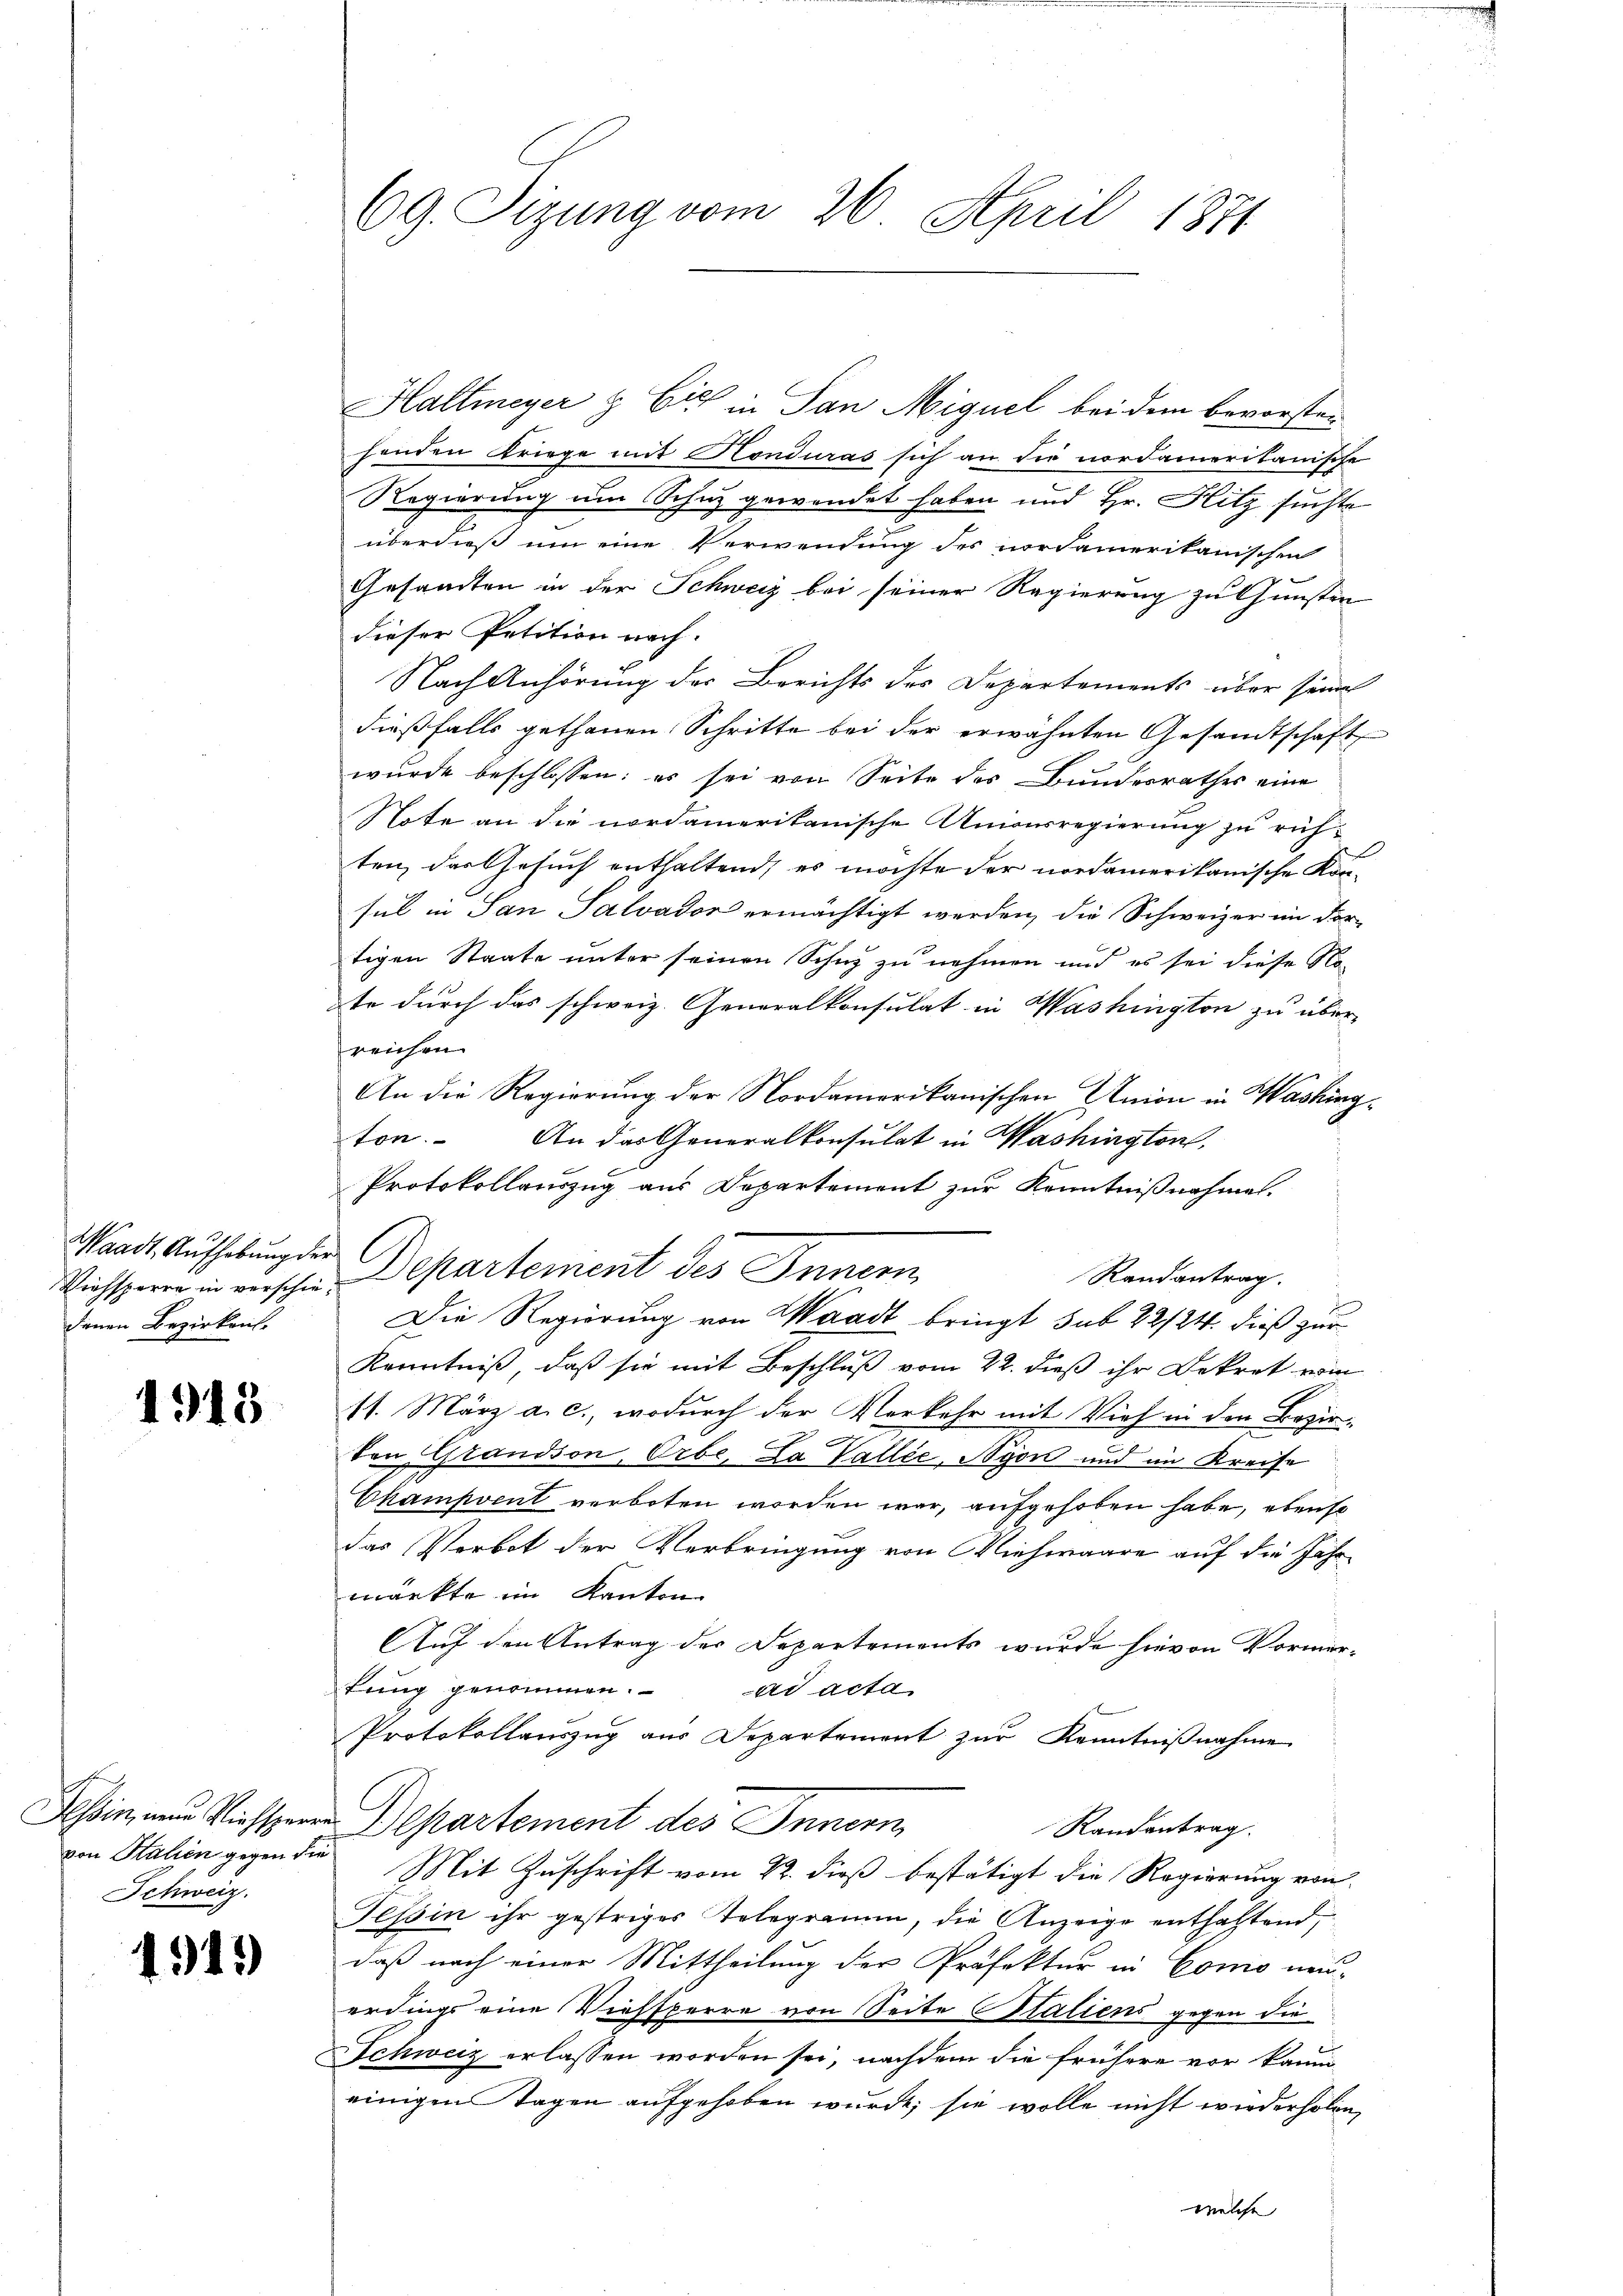
Waadt, Aufhebung der C
denen Bezirkens.

1913

s
Hessin, neue Viehsperr
von Salien gegen die
Schweiz.

1315)

69. Sizung vom 26. April 1874

Haltmeyer & Cie in San Miguel bei dem bevorsten
henden Kriege mit Honduras sich an die nordamerikanische
Regierung um Schuz gewendet haben und Hr. Hitz suchte
überdieß um eine Verwendung des nordamerikanischen
Gesamten in der Schweiz bei seiner Regierung zu Gunsten
dieser Petition nach.
Nach Anhörung der Berichts des Departements über seine
dießfalls gethanen Schritte bei der erwähnten Gesandtschaft
wurde beschlossen: es sei von Seite des Bundesrathes eine
Note an die nordamerikanische Unionsregierung zu rühten, das Gesuch enthaltend, es möchte der nordamerikanische Konsul in San Salvador ermächtigt werden, die Schweizer im dortigen Staate unter seinen Schnz zu nehmen und es sei diese Note durch das schweiz. Generalkonsulat in Washington zu über-
reichen
An die Regierung der Nordamerikanischen Union in Washing
ton.
An das Generalkonsulat in Washington,
Protokollauszug aus Departement zur Kenntnißnahme.
Randantrag.
Viehsperre in verschen Departement des Innern
Die Regierung von Waadt bringt sub 22/24. dieß zur
Kenntniß, daß sie mit Beschluß vom 22. dieß ihr Dekret vom
11. März a. c., wodurch der Verkehr mit Vieh in den Bezirvon Grandson, Orbe. La Vallée, Nyon und im Kreise
Champoeut verboten worden war, aufgehoben habe, ebenso
das Verbot der Verbringung von Viehwaare auf die Jahr-
markte im Kanton
Auf den Antrag der Departements wurde hievon Vormar-
tung genommen. ad acta
Protokollauszug aus Departement zur Kenntnißnahme
Departement des Innern
Randantrag.
Mit Zuschrift vom 22. dieß bestätigt die Regierung von
Tessin ihr gestriges Telegramm, die Anzeige enthaltend,
daß nach einer Mittheilung der Präfektur in Como neuerdings eine Viehsperre von Seite Statiens gegen die
Schweiz erlassen worden sei, nachdem die frühere vor kaum
einigen Tagen aufgehoben wurde; sie wolle nicht wiederholen,
welche